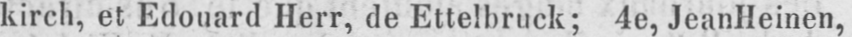
kirch, et Edouard Herr, de Ettelbruck; 4e, Jean Heinen,